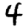
Digit: 4